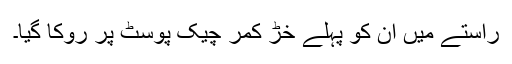
راستے میں ان کو پہلے خڑ کمر چیک پوسٹ پر روکا گیا۔